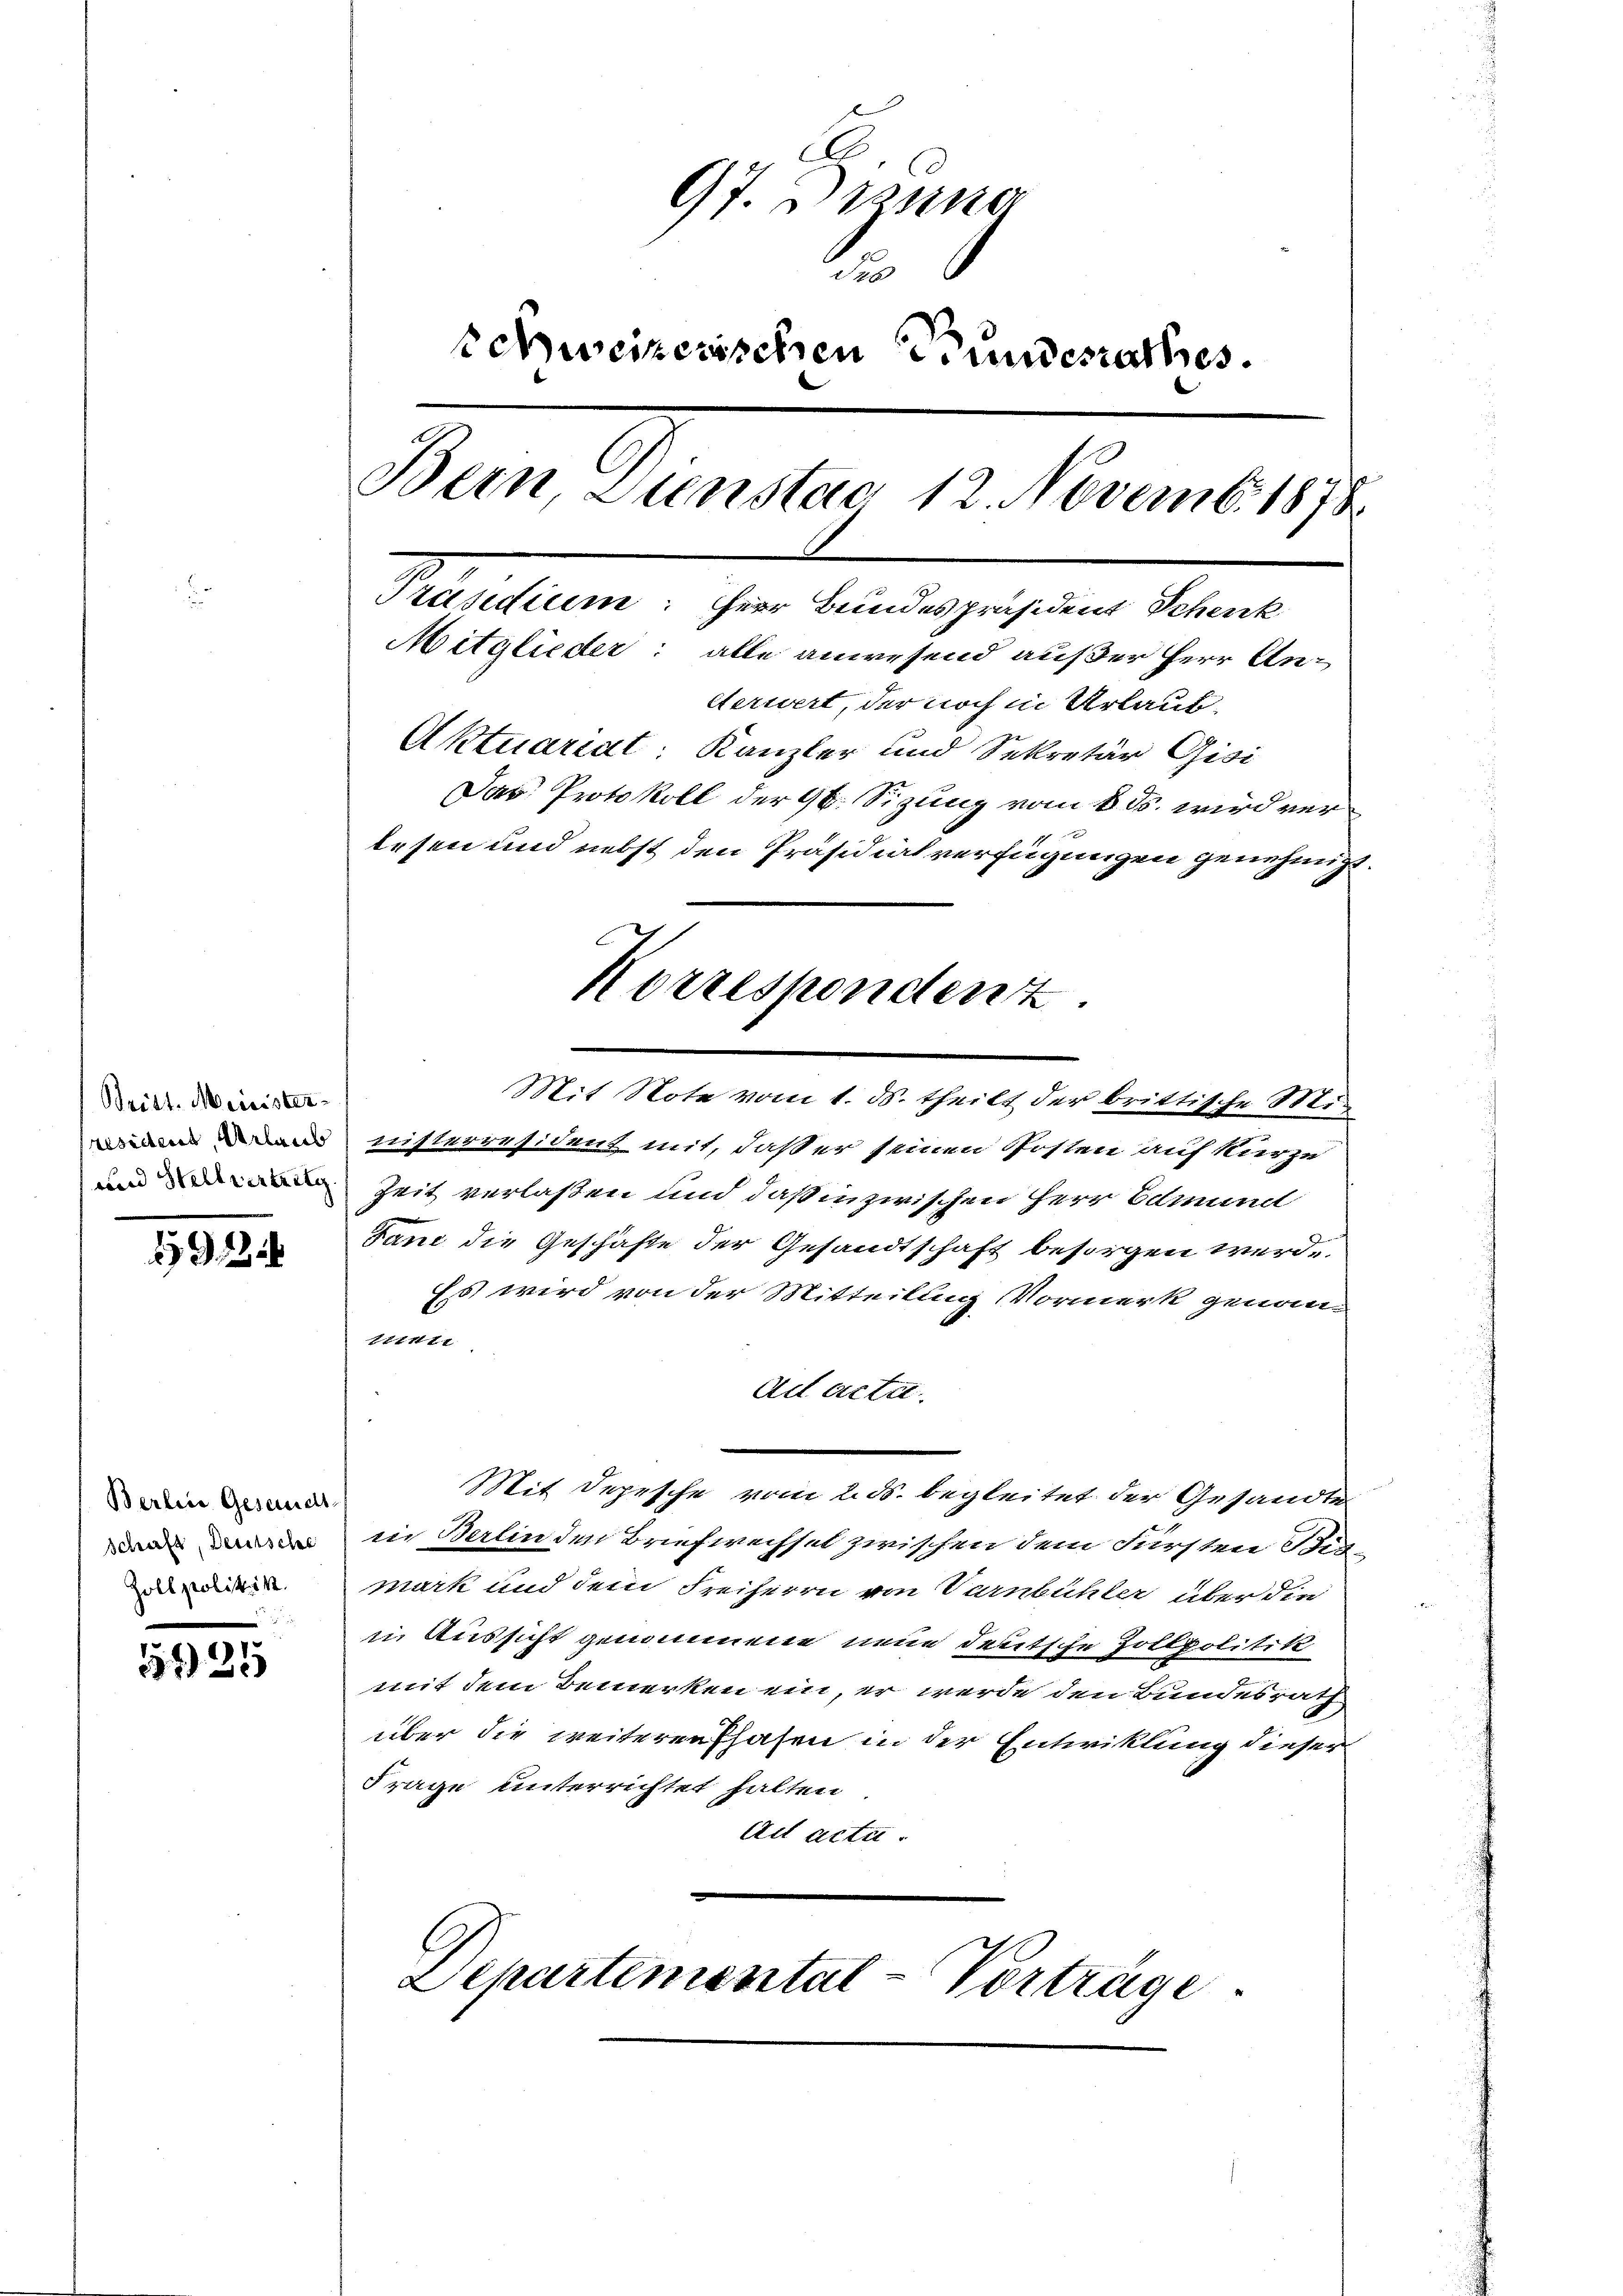
Britt. Meinister¬

1921

Berlin Gesandt-
schaft, Deutsche
Zollpolitik.

5121

97. Diesna
t
schweizerischen Bundesrathes.
Bern, Sunstag 12. Novemb. 1878
Präsidium: Herr Bundespräsident Schenk
Mitglieder: alle anwesend außer Herr Aneteriert, der noch in Urlauf
Aktuariat: Kanzler und Sekretär Gisi
Das Protokoll der 96. Sizung vom 8. ds. wird verlesen und nebst den Präsidialverfügungen genehmigt.

Mit Note vom 1. ds. theilt der brittische Mi
nisterresident mit, daß er seinen Posten auf kurze
Zeit verlaßen und daß inzwischen Herr Edmund
Jane die Geschäfte der Gesandtschaft besorgen werde.
Es wird von der Mitteilung Vormerk genom-
211111.
Ad acte
Mit Depesche vom 2. ds. begleitet der Gesandte
in Berlin den Briefwechsel zwischen dem Fürsten Bismark und dem Freiherrn von Varnbühler über die
in Aussicht genommene neue deutsche Zollpolitik
mit dem Bemerken ein, er werde den Bundesrath
über die weiteren Phasen in der Entwicklung dieser
Frage unterrichtet halten
Act acta.
Departemental-Vorträge.

Korrespondenz.